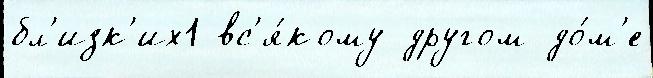
бл'изк'их1 вс'я́кому другом до́м'е